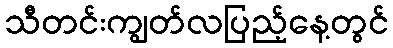
သီတင်းကျွတ်လပြည့်နေ့တွင်